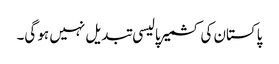
پاکستان کی کشمیر پالیسی تبدیل نہیں ہو گی۔